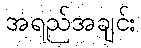
အရည်အချင်း